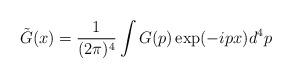
LaTeX: \begin{align*}\tilde{G}(x)=\frac{1}{(2\pi )^{4}}\int G(p)\exp (-ipx)d^{4}p \end{align*}